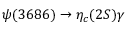
\psi ( 3 6 8 6 ) \rightarrow \eta _ { c } ( 2 S ) \gamma